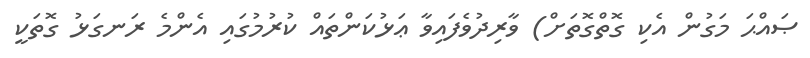
ޞައްޙަ މަގުން އެކި ގޮތްގޮތަށް) ވާރިދުވެފައިވާ ޢަޅުކަންތައް ކުރުމުގައި އެންމެ ރަނގަޅު ގޮތަކީ